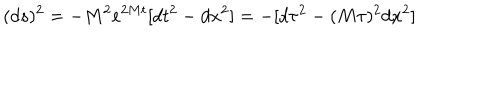
( d s ) ^ { 2 } = - M ^ { 2 } e ^ { 2 M t } [ d t ^ { 2 } - d x ^ { 2 } ] = - [ d \tau ^ { 2 } - ( M \tau ) ^ { 2 } d x ^ { 2 } ]